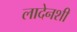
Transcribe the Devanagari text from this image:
लादेनशी